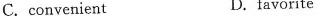
C.convenient D.favorite